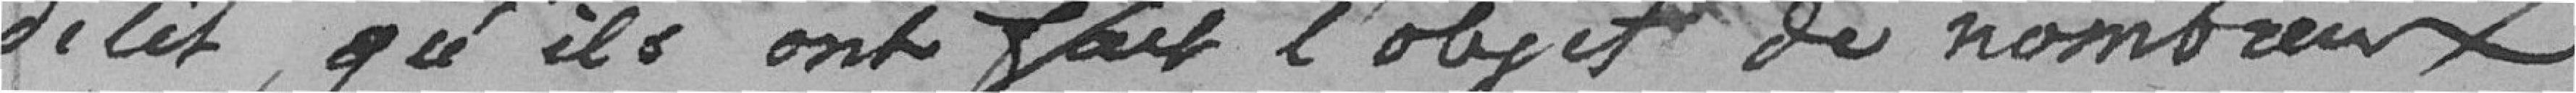
délit qu'ils ont fait l'objet de nombreux